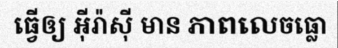
ធ្វើឲ្យ អ៊ីរ៉ាស៊ី មាន ភាពលេចធ្លោ